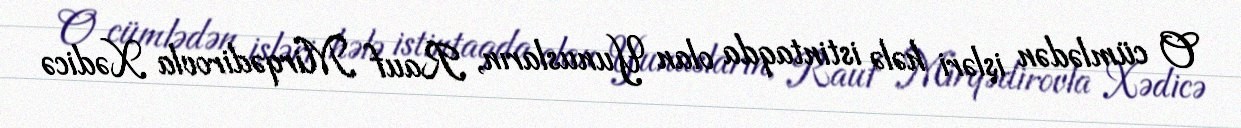
O cümlədən işləri hələ istintaqda olan Yunusların, Rauf Mirqədirovla Xədicə